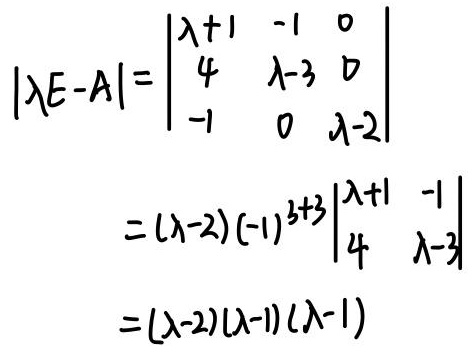
\[
\begin{align*}
|\lambda E - A| &=
\begin{vmatrix}
\lambda + 1 & -1 & 0 \\
4 & \lambda - 3 & 0 \\
-1 & 0 & \lambda - 2
\end{vmatrix}\\
&= (\lambda - 2)(-1)^{3 + 3}
\begin{vmatrix}
\lambda + 1 & -1 \\
4 & \lambda - 3
\end{vmatrix}\\
&= (\lambda - 2)(\lambda - 1)(\lambda - 1)
\end{align*}
\]